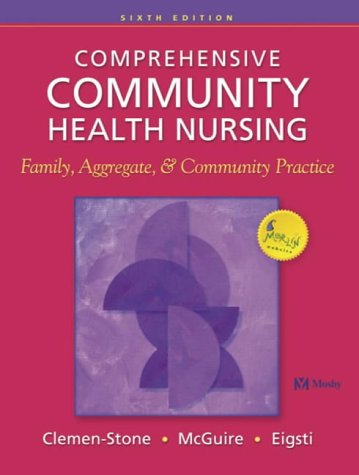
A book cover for Comprehensive Community Health Nursing: Family, Aggregate, and Community Practice; Susan Clemen-Stone RN  MPH; Parenting & Relationships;